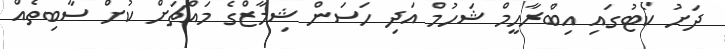
ދަށު ކޯޓުގައި އިބްރާހީމް ޝަހުމް އަދި ހަސަން ޝިމާޒްގެ މައްޗަށް ކުށް ސާބިތެއް